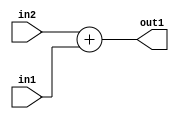
`timescale 1ps / 1ps
/*****************************************************************************
    Verilog RTL Description
    
    
    Created by: Stratus DpOpt 21.05.01 
*******************************************************************************/

module SobelFilter_Add_6Sx2U_6S_1 (
	in2,
	in1,
	out1
	); /* architecture "behavioural" */ 
input [5:0] in2;
input [1:0] in1;
output [5:0] out1;
wire [5:0] asc001;

assign asc001 = 
	+(in2)
	+(in1);

assign out1 = asc001;
endmodule

/* CADENCE  ubDySw0= : u9/ySxbfrwZIxEzHVQQV8Q== ** DO NOT EDIT THIS LINE ******/